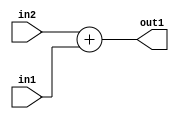
`timescale 1ps / 1ps
/*****************************************************************************
    Verilog RTL Description
    
    
    Created by: Stratus DpOpt 21.05.01 
*******************************************************************************/

module SobelFilter_Add_6Sx2U_6S_1 (
	in2,
	in1,
	out1
	); /* architecture "behavioural" */ 
input [5:0] in2;
input [1:0] in1;
output [5:0] out1;
wire [5:0] asc001;

assign asc001 = 
	+(in2)
	+(in1);

assign out1 = asc001;
endmodule

/* CADENCE  ubDySw0= : u9/ySxbfrwZIxEzHVQQV8Q== ** DO NOT EDIT THIS LINE ******/